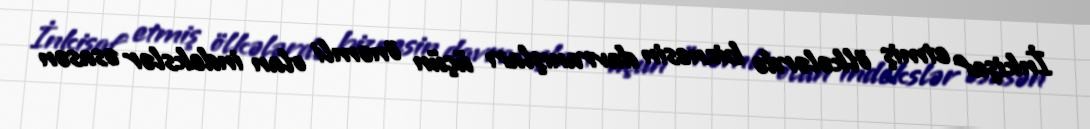
İnkişaf etmiş ölkələrdə biznesin davranışları üçün önəmli olan indekslər əsasən